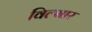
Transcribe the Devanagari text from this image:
विल्मार